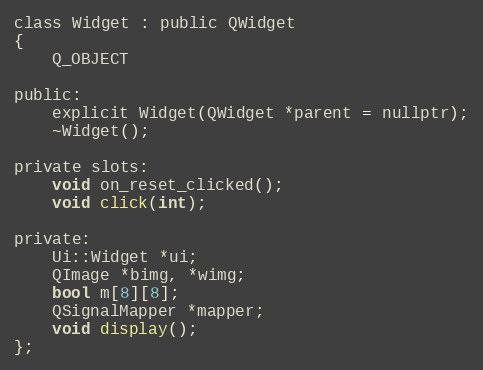
Language: C
class Widget : public QWidget
{
    Q_OBJECT

public:
    explicit Widget(QWidget *parent = nullptr);
    ~Widget();

private slots:
    void on_reset_clicked();
    void click(int);

private:
    Ui::Widget *ui;
    QImage *bimg, *wimg;
    bool m[8][8];
    QSignalMapper *mapper;
    void display();
};